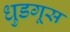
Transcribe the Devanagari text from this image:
धुडगूस